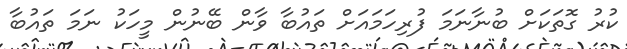
ކުރު ގޮތަކަށް ބުނާނަމަ ފުރިހަމައަށް ތައުބާ ވާން ބޭނުން މީހަކު ނަމަ ތައުބާ